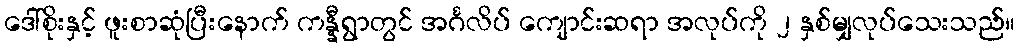
ဒေါ်စိုးနှင့် ဖူးစာဆုံပြီးနောက် ကန္နီရွာတွင် အင်္ဂလိပ် ကျောင်းဆရာ အလုပ်ကို ၂ နှစ်မျှလုပ်သေးသည်။